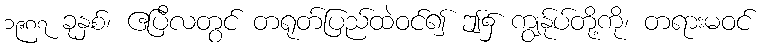
၁၉၈၇ ခုနှစ်၊ ဧပြီလတွင် တရုတ်ပြည်ထဲဝင်၍ ဤ၌ ကျွန်ုပ်တို့ကို၊ တရားမဝင်